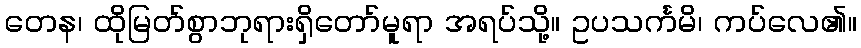
တေန၊ ထိုမြတ်စွာဘုရားရှိတော်မူရာ အရပ်သို့။ ဥပသင်္ကမိ၊ ကပ်လေ၏။